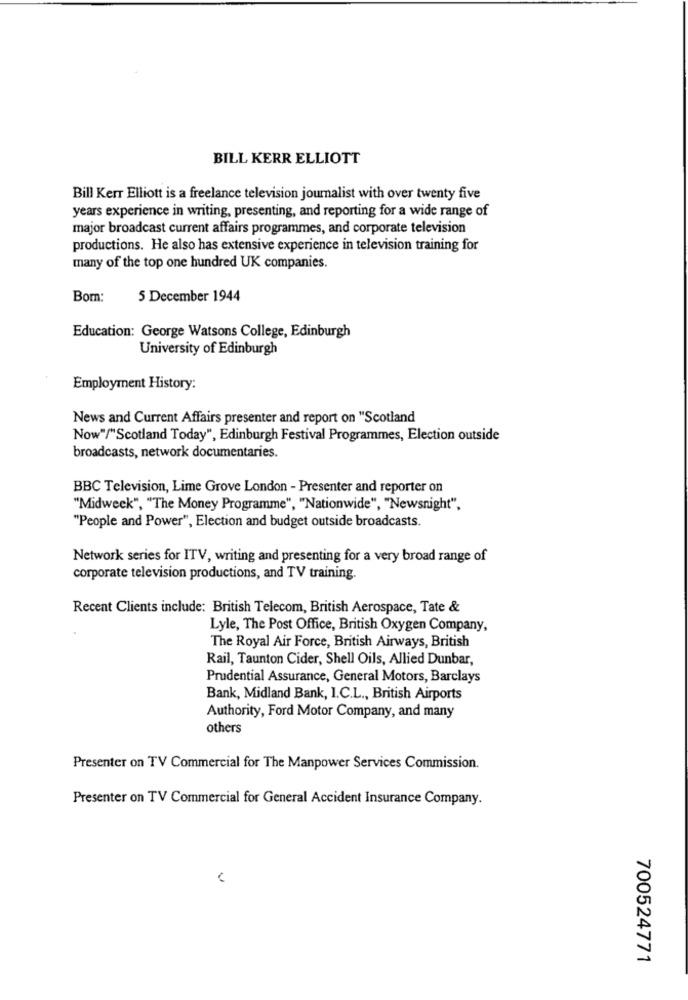
BILL KERR ELLIOTT
Bill Kerr Elliott is a freelance television journalist with over twenty five
years experience in writing, presenting, and reporting for a wide range of
major broadcast current affairs programmes, and corporate television
productions. He also has extensive experience in television training for
many of the top one hundred UK companies.
Born:
5 December 1944
Education: George Watsons College, Edinburgh
University of Edinburgh
Employment History:
News and Current Affairs presenter and report on "Scotland
Now"/"Scotland Today", Edinburgh Festival Programmes, Election outside
broadcasts, network documentaries.
BBC Television, Lime Grove London - Presenter and reporter on
"Midweek", "The Money Programme", "Nationwide", "Newsnight",
"People and Power", Election and budget outside broadcasts.
Network series for ITV, writing and presenting for a very broad range of
corporate television productions, and TV training.
Recent Clients include: British Telecom, British Aerospace, Tate &
Lyle, The Post Office, British Oxygen Company,
The Royal Air Force, British Airways, British
Rail, Taunton Cider, Shell Oils, Allied Dunbar,
Prudential Assurance, General Motors, Barclays
Bank, Midland Bank, I.C.L ., British Airports
Authority, Ford Motor Company, and many
others
Presenter on TV Commercial for The Manpower Services Commission.
Presenter on TV Commercial for General Accident Insurance Company.
700524771